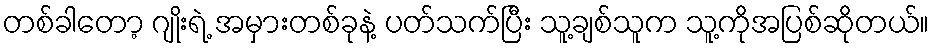
တစ်ခါတော့ ဂျိုးရဲ့ အမှားတစ်ခုနဲ့ ပတ်သက်ပြီး သူ့ချစ်သူက သူ့ကိုအပြစ်ဆိုတယ်။